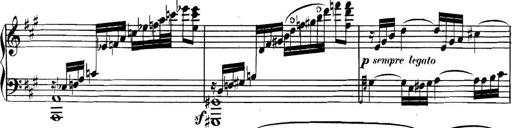
Title: Collected Piano Sonatas
Composer: Muzio Clementi